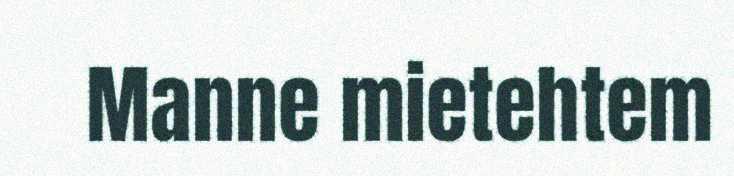
Manne mietehtem